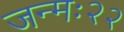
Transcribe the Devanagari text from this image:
जन्मः२२